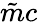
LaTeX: \tilde{m}c